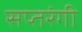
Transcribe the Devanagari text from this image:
सप्‍तरंगी